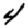
Digit: 4